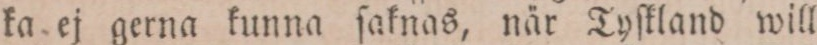
ka ej gerna kunna ſaknas, när Tyſkland will